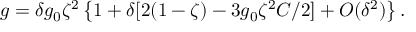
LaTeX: g = \delta g _ { 0 } \zeta ^ { 2 } \left\{ 1 + \delta [ 2 ( 1 - \zeta ) - 3 g _ { 0 } \zeta ^ { 2 } C / 2 ] + O ( \delta ^ { 2 } ) \right\} .